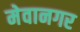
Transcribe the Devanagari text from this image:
मेवानगर